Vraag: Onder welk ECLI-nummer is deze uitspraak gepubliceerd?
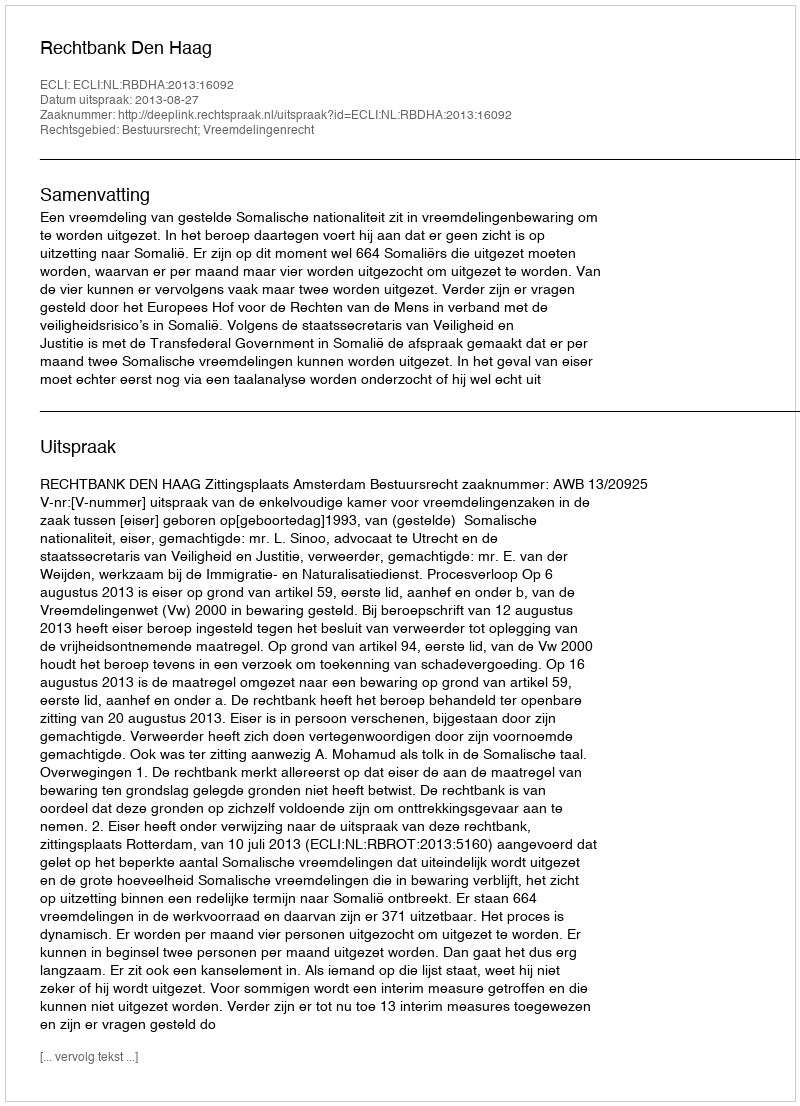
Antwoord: ECLI:NL:RBDHA:2013:16092